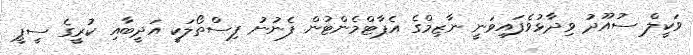
ވަކީލް ސުއޫދު ވިދާޅުވެފައިވަނީ ނާޒިމްގެ އެޕާޓްމެންޓުން ފެނުނު ފިސްތޯލަކީ އަދީބާއި ކުރީގެ ސީޕީ